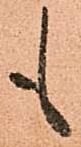
も